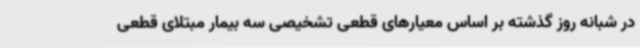
در شبانه روز گذشته بر اساس معیارهای قطعی تشخیصی سه بیمار مبتلای قطعی